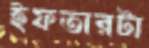
ইফতারটা